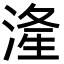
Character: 湰